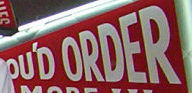
PUD ORDER